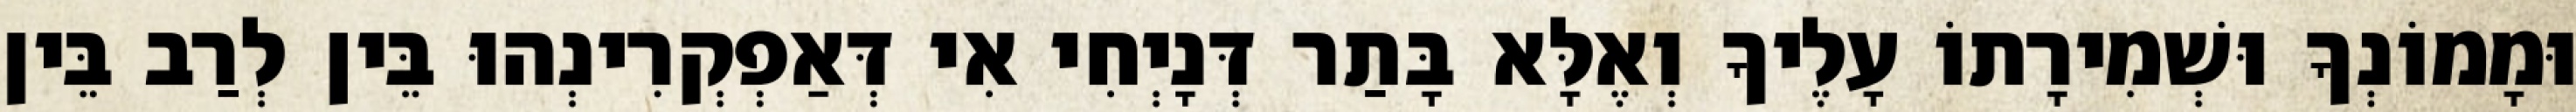
וּמָמוֹנְךָ וּשְׁמִירָתוֹ עָלֶיךָ וְאֶלָּא בָּתַר דְּנָיְחִי אִי דְּאַפְקְרִינְהוּ בֵּין לְרַב בֵּין